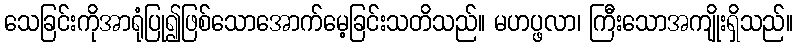
သေခြင်းကိုအာရုံပြု၍ဖြစ်သောအောက်မေ့ခြင်းသတိသည်။ မဟပ္ဖလာ၊ ကြီးသောအကျိုးရှိသည်။